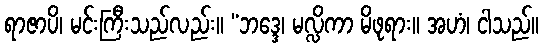
ရာဇာပိ၊ မင်းကြီးသည်လည်း။ “ဘဒ္ဒေ၊ မလ္လိကာ မိဖုရား။ အဟံ၊ ငါသည်။